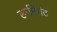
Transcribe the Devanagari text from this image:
रूमिनंट